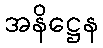
အနိဋ္ဌေန